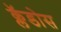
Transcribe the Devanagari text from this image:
क्लॅडोस